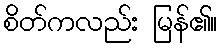
စိတ်ကလည်း မြန်၏။